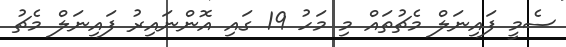
ސެމީ ފައިނަލް މެޗުތައް މި މަހު 19 ގައި އޮންނައިރު ފައިނަލް މެޗު